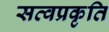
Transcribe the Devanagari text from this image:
सत्वप्रकृति